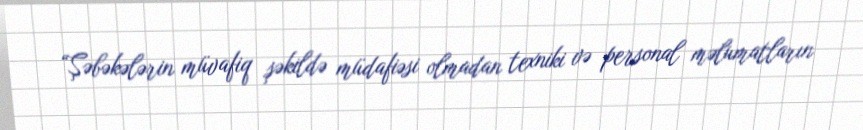
“Şəbəkələrin müvafiq şəkildə müdafiəsi olmadan texniki və personal məlumatların